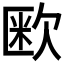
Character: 𭭏